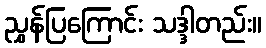
ညွှန်ပြကြောင်း သဒ္ဒါတည်း။